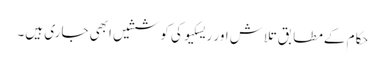
حکام کےمطابق تلاش اور ریسکیو کی کوششیں ابھی جاری ہیں۔